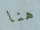
هنا